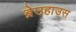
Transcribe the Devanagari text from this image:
ब्रेउहाउस